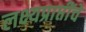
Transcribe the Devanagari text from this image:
लक्ष्यप्राप्तींचे